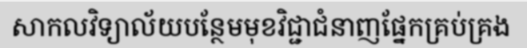
សាកលវិទ្យាល័យបន្ថែមមុខវិជ្ជាជំនាញផ្នែកគ្រប់គ្រង